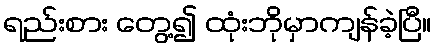
ရည်းစား တွေ့၍ ထုံးဘိုမှာကျန်ခဲ့ပြီ။